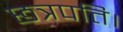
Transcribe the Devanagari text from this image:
छत्रपति।